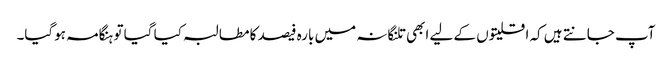
آپ جانتے ہیں کہ اقلیتوں کے لیے ابھی تلنگانہ میں بارہ فیصد کا مطالبہ کیا گیا تو ہنگامہ ہوگیا۔